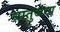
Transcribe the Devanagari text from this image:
धातुजन्य